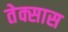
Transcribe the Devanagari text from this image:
तेक्सास